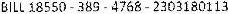
BILL 18550 - 389 - 4768 - 2303180113